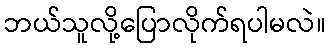
ဘယ်သူလို့ပြောလိုက်ရပါမလဲ။